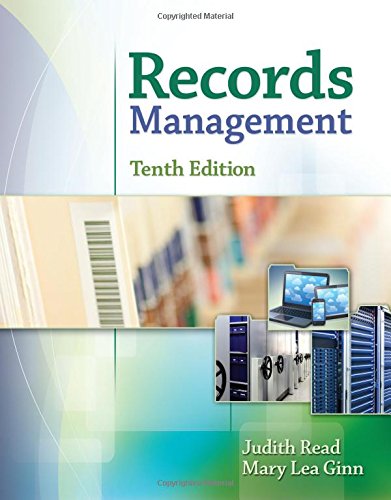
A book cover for Records Management; Judith Read; Business & Money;